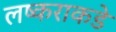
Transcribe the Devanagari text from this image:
लष्कराकडे